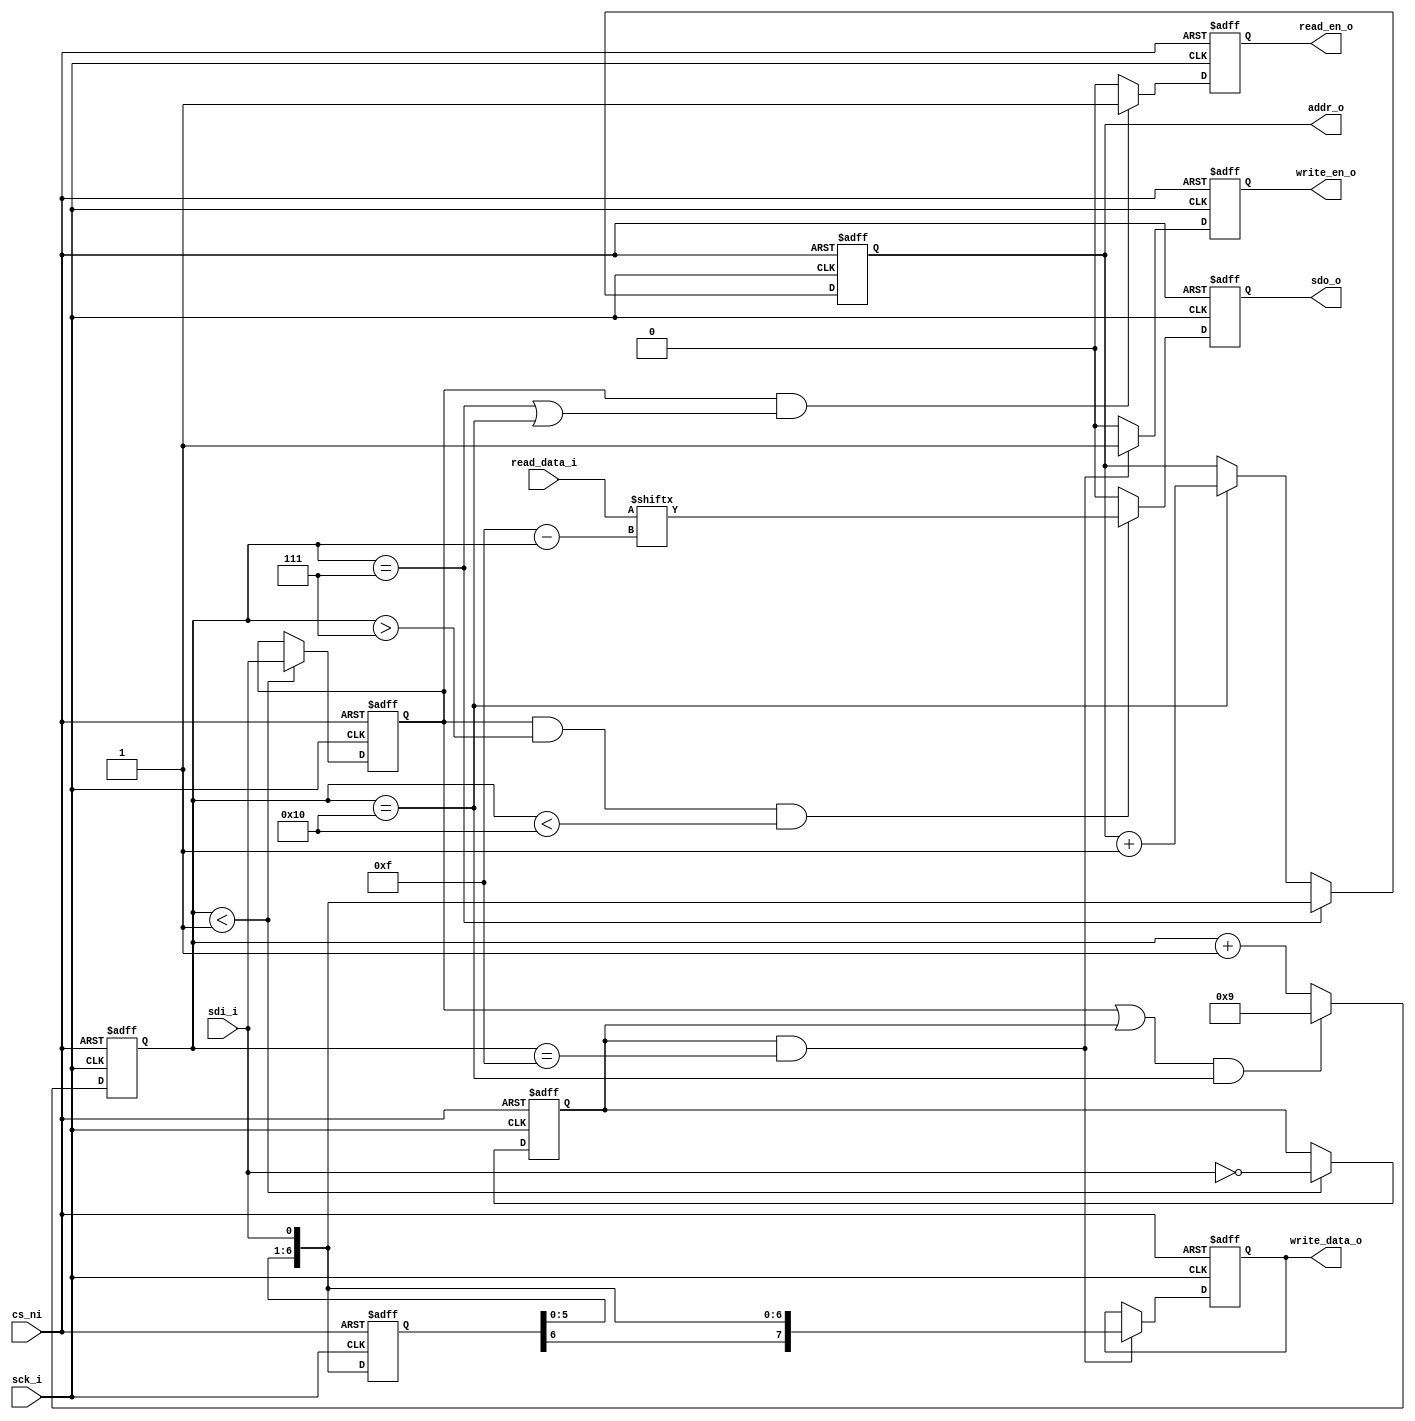
module spi_slave_mem_interface #(
    parameter INST_WIDTH = 1,
    parameter ADDR_WIDTH = 7,
    parameter DATA_WIDTH = 8
) (
    input sck_i,
    input sdi_i,
    output sdo_o,
    input cs_ni,
    output [ADDR_WIDTH-1:0] addr_o,
    output [DATA_WIDTH-1:0] write_data_o,
    output write_en_o,
    input [DATA_WIDTH-1:0] read_data_i,
    output read_en_o
);
// CPOL: 0, CPHA: 0

localparam SPI_FRAME_WIDTH = INST_WIDTH + ADDR_WIDTH + DATA_WIDTH;
localparam BIT_COUNT_WIDTH = $clog2(SPI_FRAME_WIDTH) + 1;

// shift register buffer
reg [SPI_FRAME_WIDTH-1:0] pico_reg;
always @(posedge sck_i or posedge cs_ni) begin
    if (cs_ni) pico_reg <= 'b0;
    else pico_reg <= {pico_reg[SPI_FRAME_WIDTH-2:0], sdi_i};
end 

// keeps track of current bit position
reg [BIT_COUNT_WIDTH-1:0] bit_count;
always @(posedge sck_i or posedge cs_ni) begin
    if (cs_ni) begin
        bit_count <= 'b0;
    end else if ((read_flag || write_flag) && 
                    (bit_count == (SPI_FRAME_WIDTH))) begin
        bit_count <= INST_WIDTH+ADDR_WIDTH+1;
    end else begin
        bit_count <= bit_count + 1'b1;
    end
end

// instruction decode
reg read_flag, write_flag;
always @(posedge sck_i or posedge cs_ni) begin
    if (cs_ni) begin
        read_flag <= 'b0;
        write_flag <= 'b0;
    end else if (bit_count < INST_WIDTH) begin
        read_flag <= sdi_i;
        write_flag <= !sdi_i;
    end
end

// address decode and latch
reg [ADDR_WIDTH-1:0] addr_reg;
always @(posedge sck_i or posedge cs_ni) begin
    if (cs_ni) begin
        addr_reg <= 'b0; 
    end else if (bit_count == (INST_WIDTH + ADDR_WIDTH - 1)) begin 
        addr_reg <= {pico_reg[ADDR_WIDTH-2:0], sdi_i};
    end else if (bit_count == (SPI_FRAME_WIDTH)) begin
        addr_reg <= addr_reg + 1'b1;
    end
end

assign addr_o = addr_reg;

// write data latch
reg [DATA_WIDTH-1:0] write_data;
always @(posedge sck_i or posedge cs_ni) begin
    if (cs_ni) begin
        write_data <= 'b0;
    end else if ((write_flag == 1'b1) 
                    && (bit_count == (SPI_FRAME_WIDTH - 1))) begin
        write_data <= {pico_reg[DATA_WIDTH-2:0], sdi_i};
    end
end

// write enable strobe
reg write_en;
always @(posedge sck_i or posedge cs_ni) begin
    if (cs_ni) begin
        write_en <= 'b0;
    end else if ((write_flag == 1'b1) 
                    && (bit_count == (SPI_FRAME_WIDTH - 1))) begin
        write_en <= 1'b1;
    end else begin
        write_en <= 1'b0;
    end
end

assign write_data_o = write_data;
assign write_en_o = write_en;

// read enable strobe
reg read_en;
always @(posedge sck_i or posedge cs_ni) begin
    if (cs_ni) begin
        read_en <= 'b0;
    end else if ((read_flag == 1'b1) 
                    && ((bit_count == (INST_WIDTH + ADDR_WIDTH - 1)
                        || bit_count == (SPI_FRAME_WIDTH)))) begin
        read_en <= 1'b1;
    end else begin
        read_en <= 1'b0;
    end
end

assign read_en_o = read_en;

// shift out read data
reg sdo_reg;
always @(negedge sck_i or posedge cs_ni) begin
    if (cs_ni) begin
        sdo_reg <= 'b0;
    end else if ((read_flag == 1'b1) 
                    && (bit_count > (INST_WIDTH + ADDR_WIDTH - 1)) 
                    && (bit_count < SPI_FRAME_WIDTH)) begin
        sdo_reg <= read_data_i[(SPI_FRAME_WIDTH - 1) - bit_count];
    end else begin
        sdo_reg <= 1'b0;
    end
end

assign sdo_o = sdo_reg;

endmodule